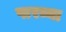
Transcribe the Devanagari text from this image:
पारव्या